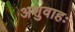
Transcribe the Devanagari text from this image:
अशुवाहः